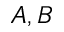
A , B